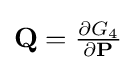
{\textstyle \mathbf {Q} ={\frac {\partial G_{4}}{\partial \mathbf {P} }}}